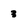
Character: 3